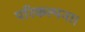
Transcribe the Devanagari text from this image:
परिकल्पना।